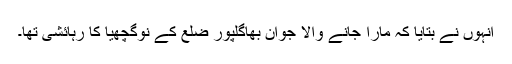
انہوں نے بتایا کہ مارا جانے والا جوان بھاگلپور ضلع کے نوگچھیا کا رہائشی تھا۔